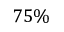
7 5 \%